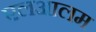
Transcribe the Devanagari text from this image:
एलआलम